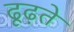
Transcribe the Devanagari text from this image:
ढूढ़ते